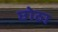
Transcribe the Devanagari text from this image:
छोठा